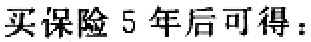
买保险 5 年后可得：